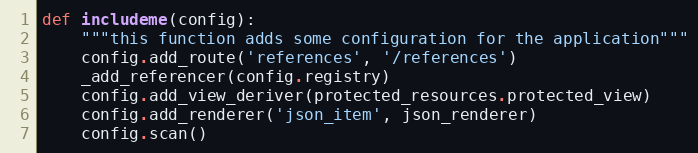
Language: Python
def includeme(config):
    """this function adds some configuration for the application"""
    config.add_route('references', '/references')
    _add_referencer(config.registry)
    config.add_view_deriver(protected_resources.protected_view)
    config.add_renderer('json_item', json_renderer)
    config.scan()